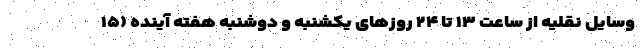
وسایل نقلیه از ساعت ۱۳ تا ۲۴ روزهای یکشنبه و دوشنبه هفته آینده (۱۵